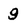
Character: g